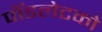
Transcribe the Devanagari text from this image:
पॉडलेटको